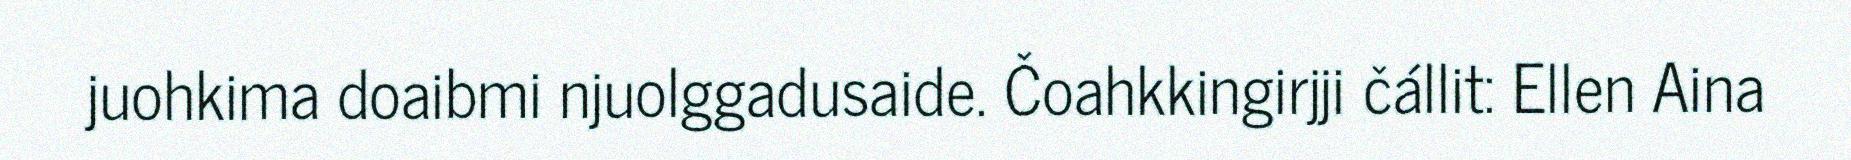
juohkima doaibmi njuolggadusaide. Čoahkkingirjji čállit: Ellen Aina